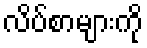
လိပ်စာများကို